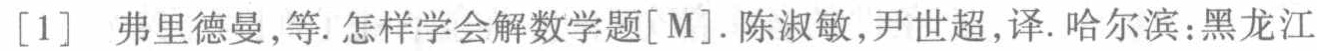
[1] 弗里德曼,等.怎样学会解数学题[M].陈淑敏,尹世超,译.哈尔滨:黑龙江